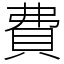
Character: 費